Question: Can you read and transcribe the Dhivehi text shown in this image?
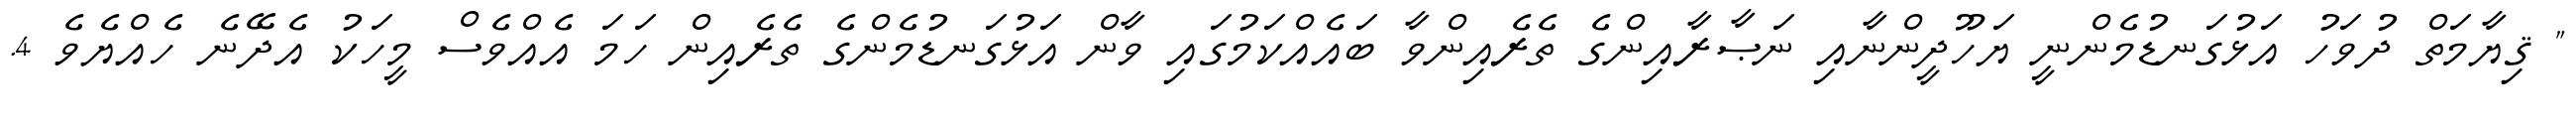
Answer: " ޤިޔާމަތް ދުވަހު އަޅުގަނޑުމެންނީ ޔަހޫދީންނާއި ނަޞާރާއިންގެ ތެރެއިންވާ ބައެއްކަމުގައި ވާން އަޅުގަނޑުމެންގެ ތެރެއިން ހަމަ އެއްވެސް މީހަކު އެދޭނެ ހެއްޔެވެ 4.